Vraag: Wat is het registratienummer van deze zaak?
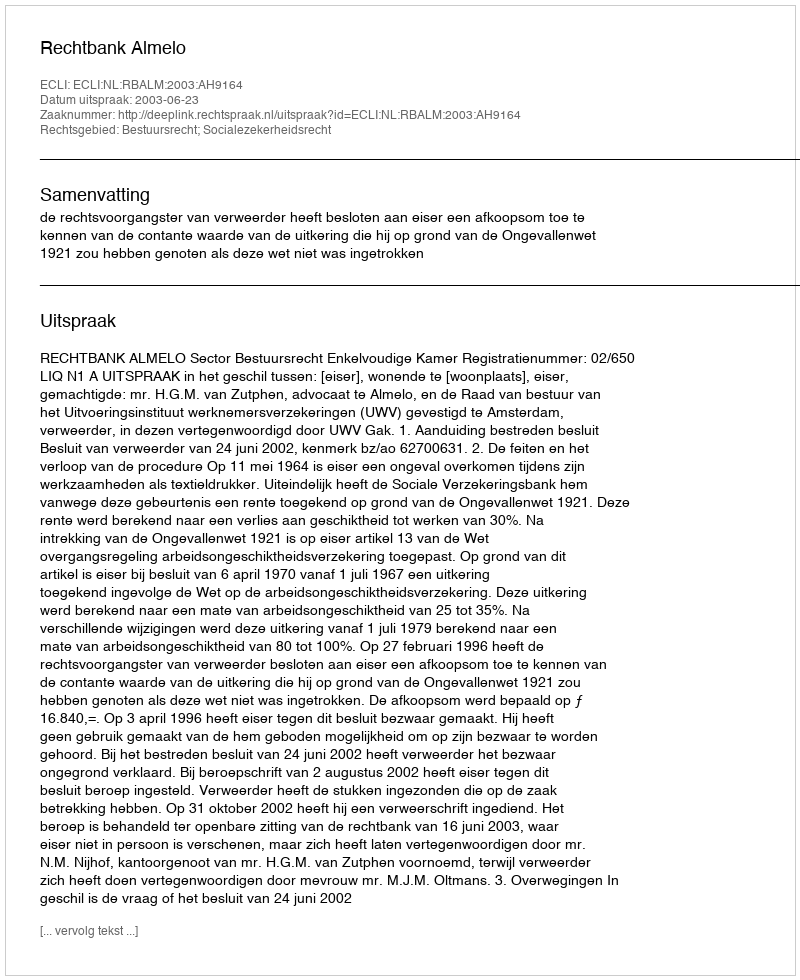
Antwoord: http://deeplink.rechtspraak.nl/uitspraak?id=ECLI:NL:RBALM:2003:AH9164